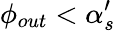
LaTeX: \phi_{out}<\alpha_{s}^{\prime}